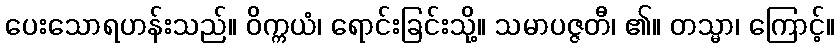
ပေးသောရဟန်းသည်။ ဝိက္ကယံ၊ ရောင်းခြင်းသို့။ သမာပဇ္ဇတီ၊ ၏။ တသ္မာ၊ ကြောင့်။